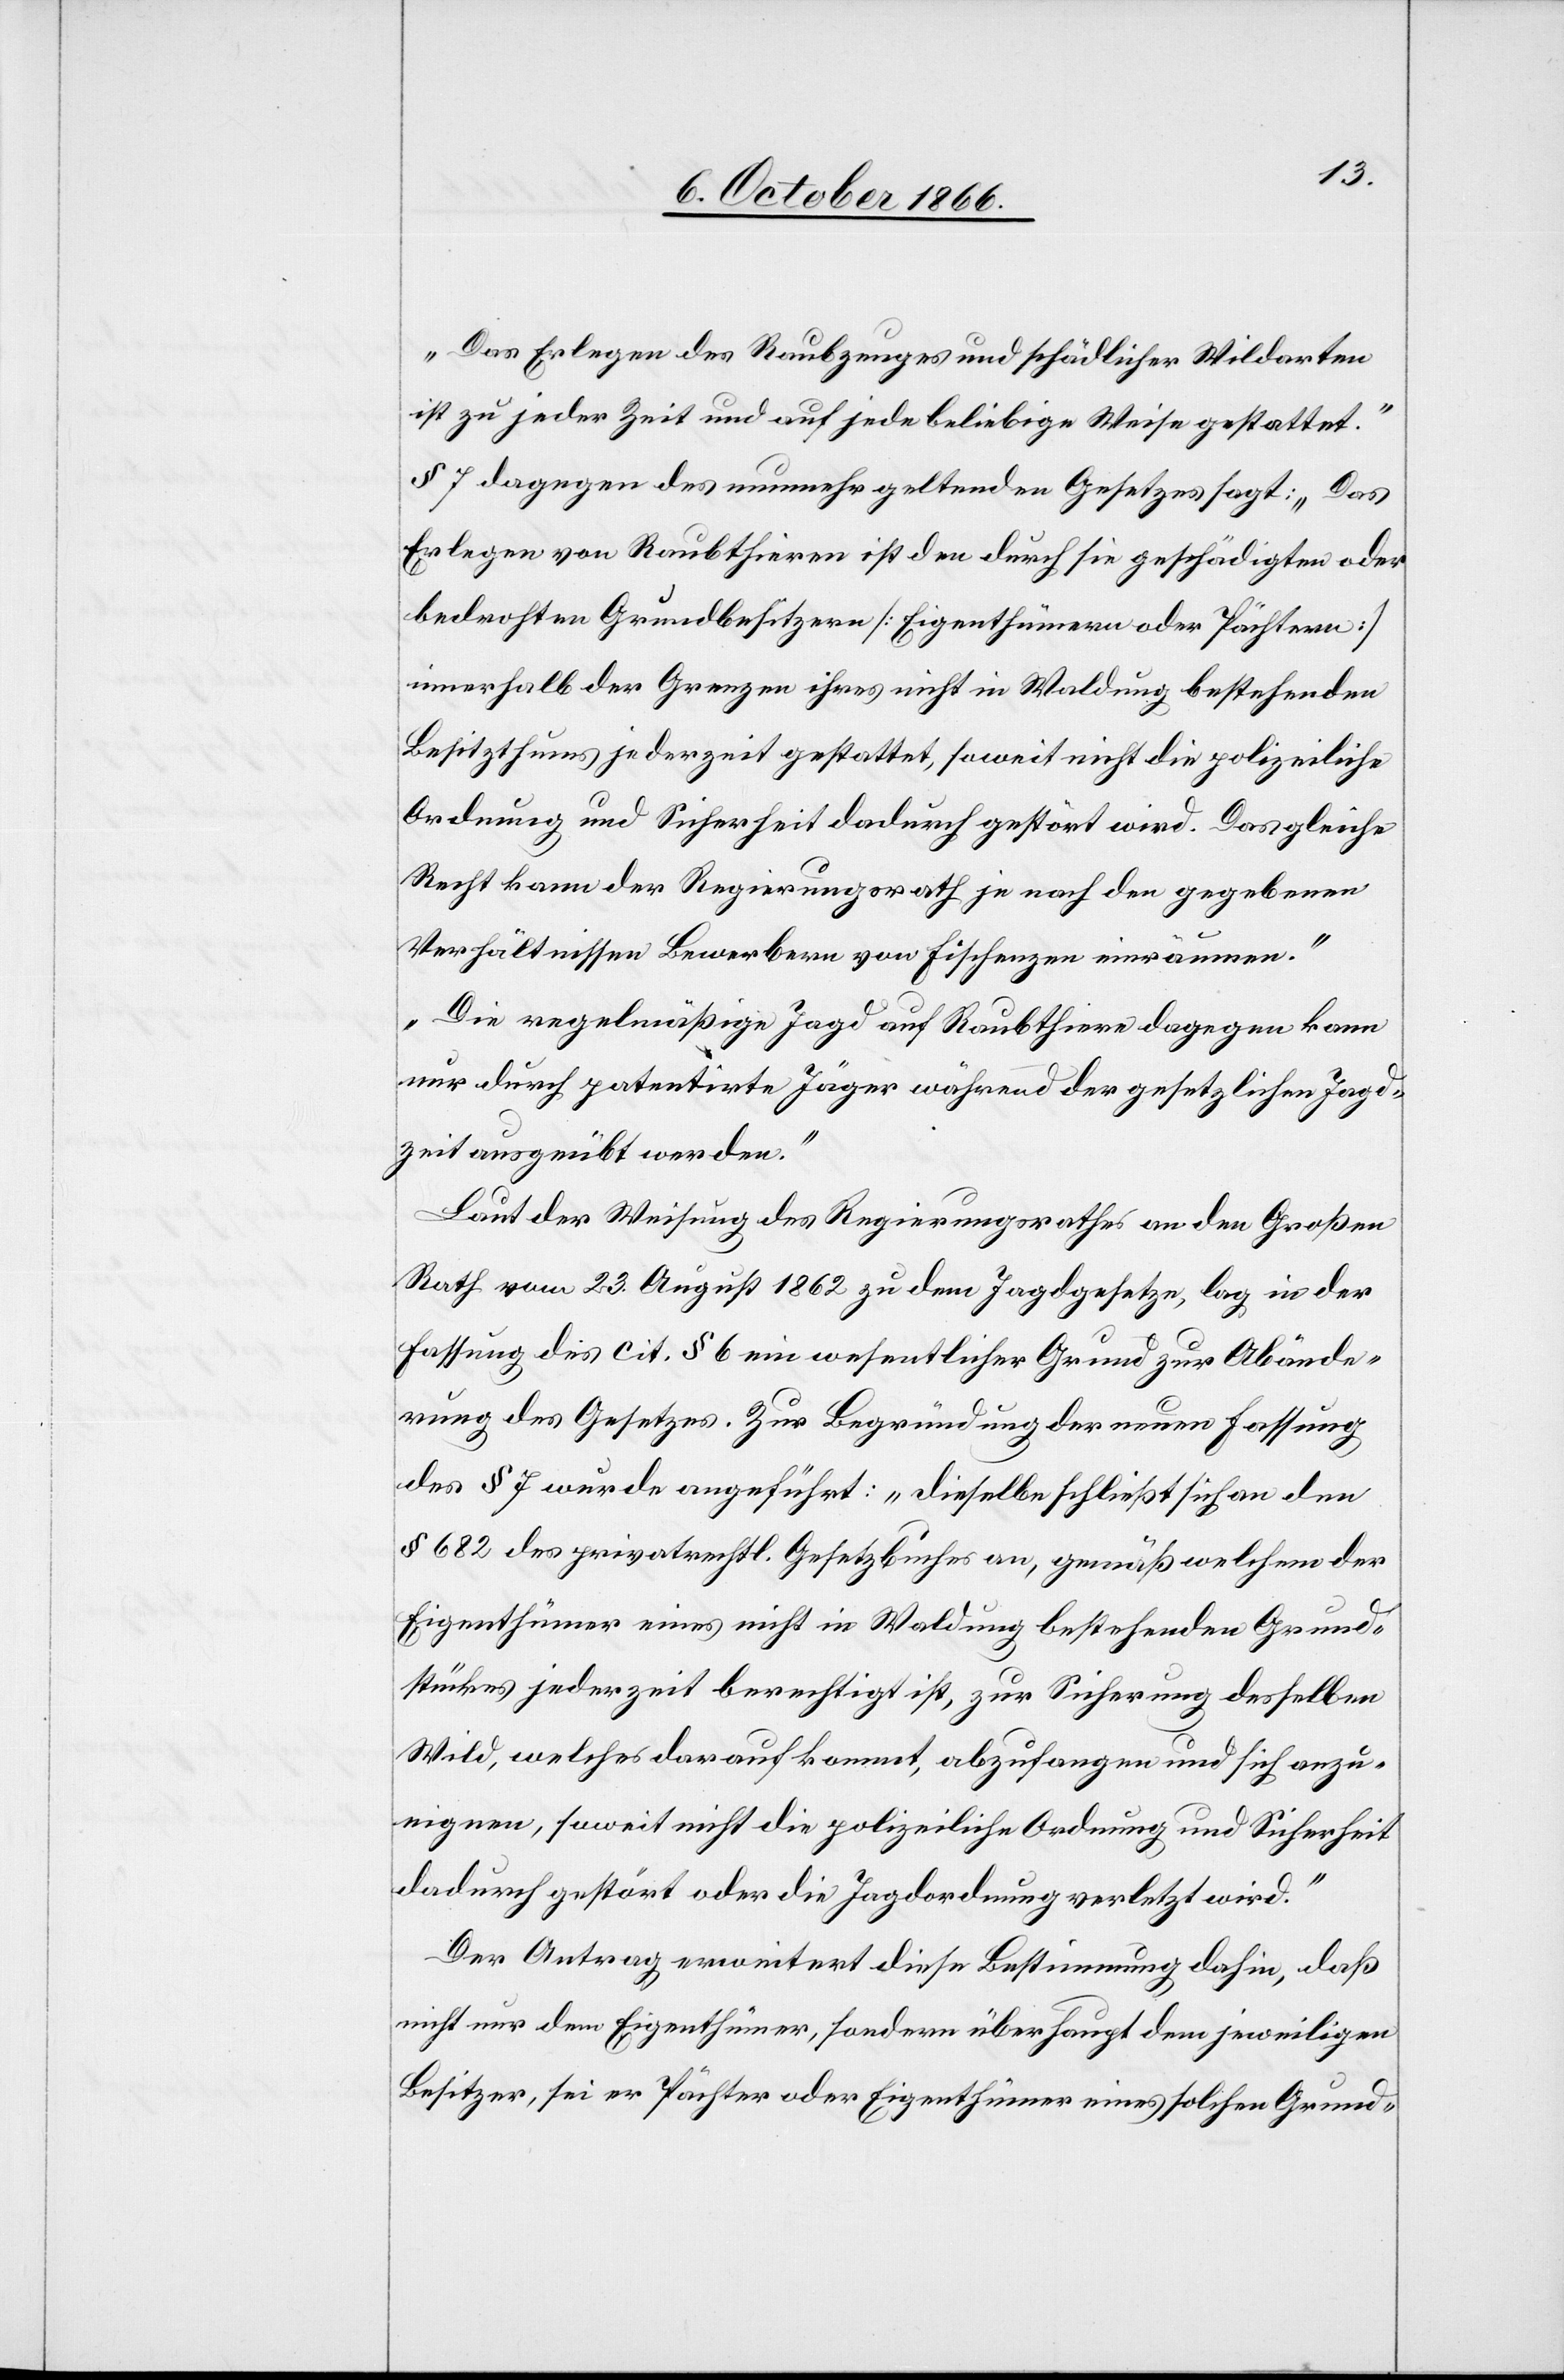
„Das Erlegen des Raubzeuges und schädlicher Wildarten
ist zu jeder Zeit und auf jede beliebige Weise gestattet.“
§ 7 dagegen des nunmehr geltenden Gesetzes sagt: „Das
Erlegen von Raubthieren ist den durch sie geschädigten oder
bedrohten Grundbesitzern [Eigenthümern oder Pächtern]
innerhalb der Grenzen ihres nicht in Waldung bestehenden
Besitzthums jederzeit gestattet, soweit nicht die polizeiliche
Ordnung und Sicherheit dadurch gestört wird. Das gleiche
Recht kann der Regierungsrath je nach den gegebenen
Verhältnissen Bewerbern von Fischenzen einräumen.
Die regelmäßige Jagd auf Raubthiere dagegen kann
nur durch patentirte Jäger während der gesetzlichen Jagd¬
zeit ausgeübt werden.“
Laut der Weisung des Regierungsrathes an den Großen
Rath vom 23. August 1862 zu dem Jagdgesetze, lag in der
Fassung des cit. § 6 ein wesentlicher Grund zur Abände¬
rung des Gesetzes. Zur Begründung der neuen Fassung
des § 7 wurde angeführt: „dieselbe schließt sich an den
§ 682 des privatrechtl. Gesetzbuches an, gemäß welchem der
Eigenthümer eines nicht in Waldung bestehenden Grund¬
stückes jederzeit berechtigt ist, zur Sicherung desselben
Wild, welches darauf kommt, abzufangen und sich anzu¬
eignen, soweit nicht die polizeiliche Ordnung und Sicherheit
dadurch gestört oder die Jagdordnung verletzt wird.“
Der Antrag erweitert diese Bestimmung dahin, daß
nicht nur dem Eigenthümer, sondern überhaupt dem jeweiligen
Besitzer, sei er Pächter oder Eigenthümer eines solchen Grund-